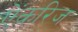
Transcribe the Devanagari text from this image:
ऐंकरिज